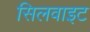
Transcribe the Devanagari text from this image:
सिलवाइट